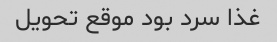
غذا سرد بود موقع تحویل